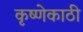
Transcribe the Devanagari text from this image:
कृष्णेकाठी